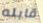
قابله